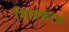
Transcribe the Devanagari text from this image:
मिलकरक़